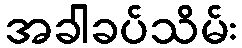
အခါခပ်သိမ်း